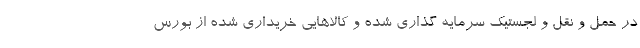
در حمل و نقل و لجستیک سرمایه گذاری شده و کالاهایی خریداری شده از بورس